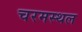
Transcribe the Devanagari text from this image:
चरमस्थल